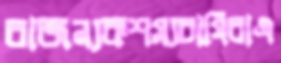
রাজন্যকশস্যচাষিরাএ